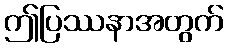
ဤပြဿနာအတွက်